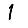
Digit: 1